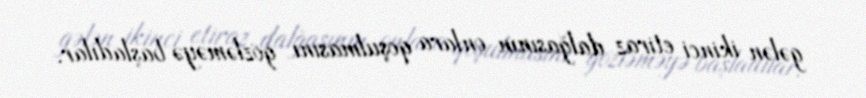
gələn ikinci etiraz dalğasının onlara qoşulmasını gözləməyə başladılar.